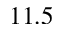
1 1 . 5